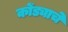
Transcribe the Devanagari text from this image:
कोंड्याचे